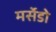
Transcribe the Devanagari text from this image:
मर्सेडो